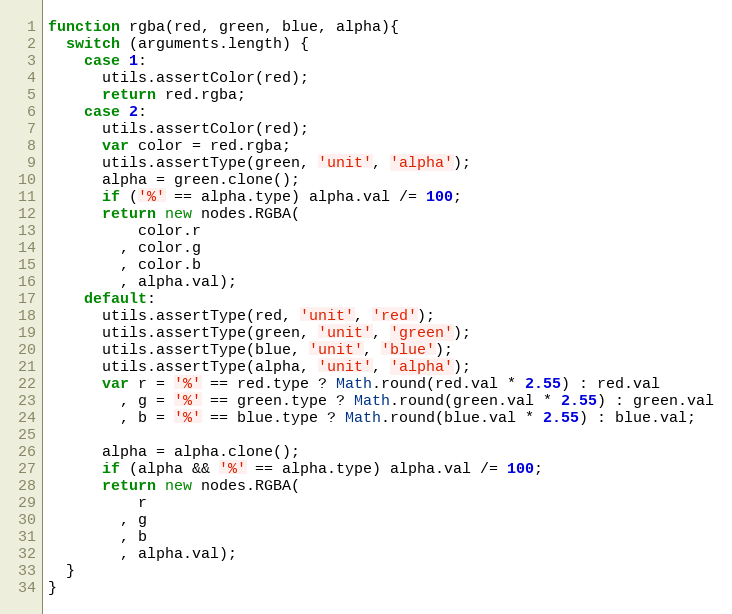
Language: JavaScript
function rgba(red, green, blue, alpha){
  switch (arguments.length) {
    case 1:
      utils.assertColor(red);
      return red.rgba;
    case 2:
      utils.assertColor(red);
      var color = red.rgba;
      utils.assertType(green, 'unit', 'alpha');
      alpha = green.clone();
      if ('%' == alpha.type) alpha.val /= 100;
      return new nodes.RGBA(
          color.r
        , color.g
        , color.b
        , alpha.val);
    default:
      utils.assertType(red, 'unit', 'red');
      utils.assertType(green, 'unit', 'green');
      utils.assertType(blue, 'unit', 'blue');
      utils.assertType(alpha, 'unit', 'alpha');
      var r = '%' == red.type ? Math.round(red.val * 2.55) : red.val
        , g = '%' == green.type ? Math.round(green.val * 2.55) : green.val
        , b = '%' == blue.type ? Math.round(blue.val * 2.55) : blue.val;

      alpha = alpha.clone();
      if (alpha && '%' == alpha.type) alpha.val /= 100;
      return new nodes.RGBA(
          r
        , g
        , b
        , alpha.val);
  }
}